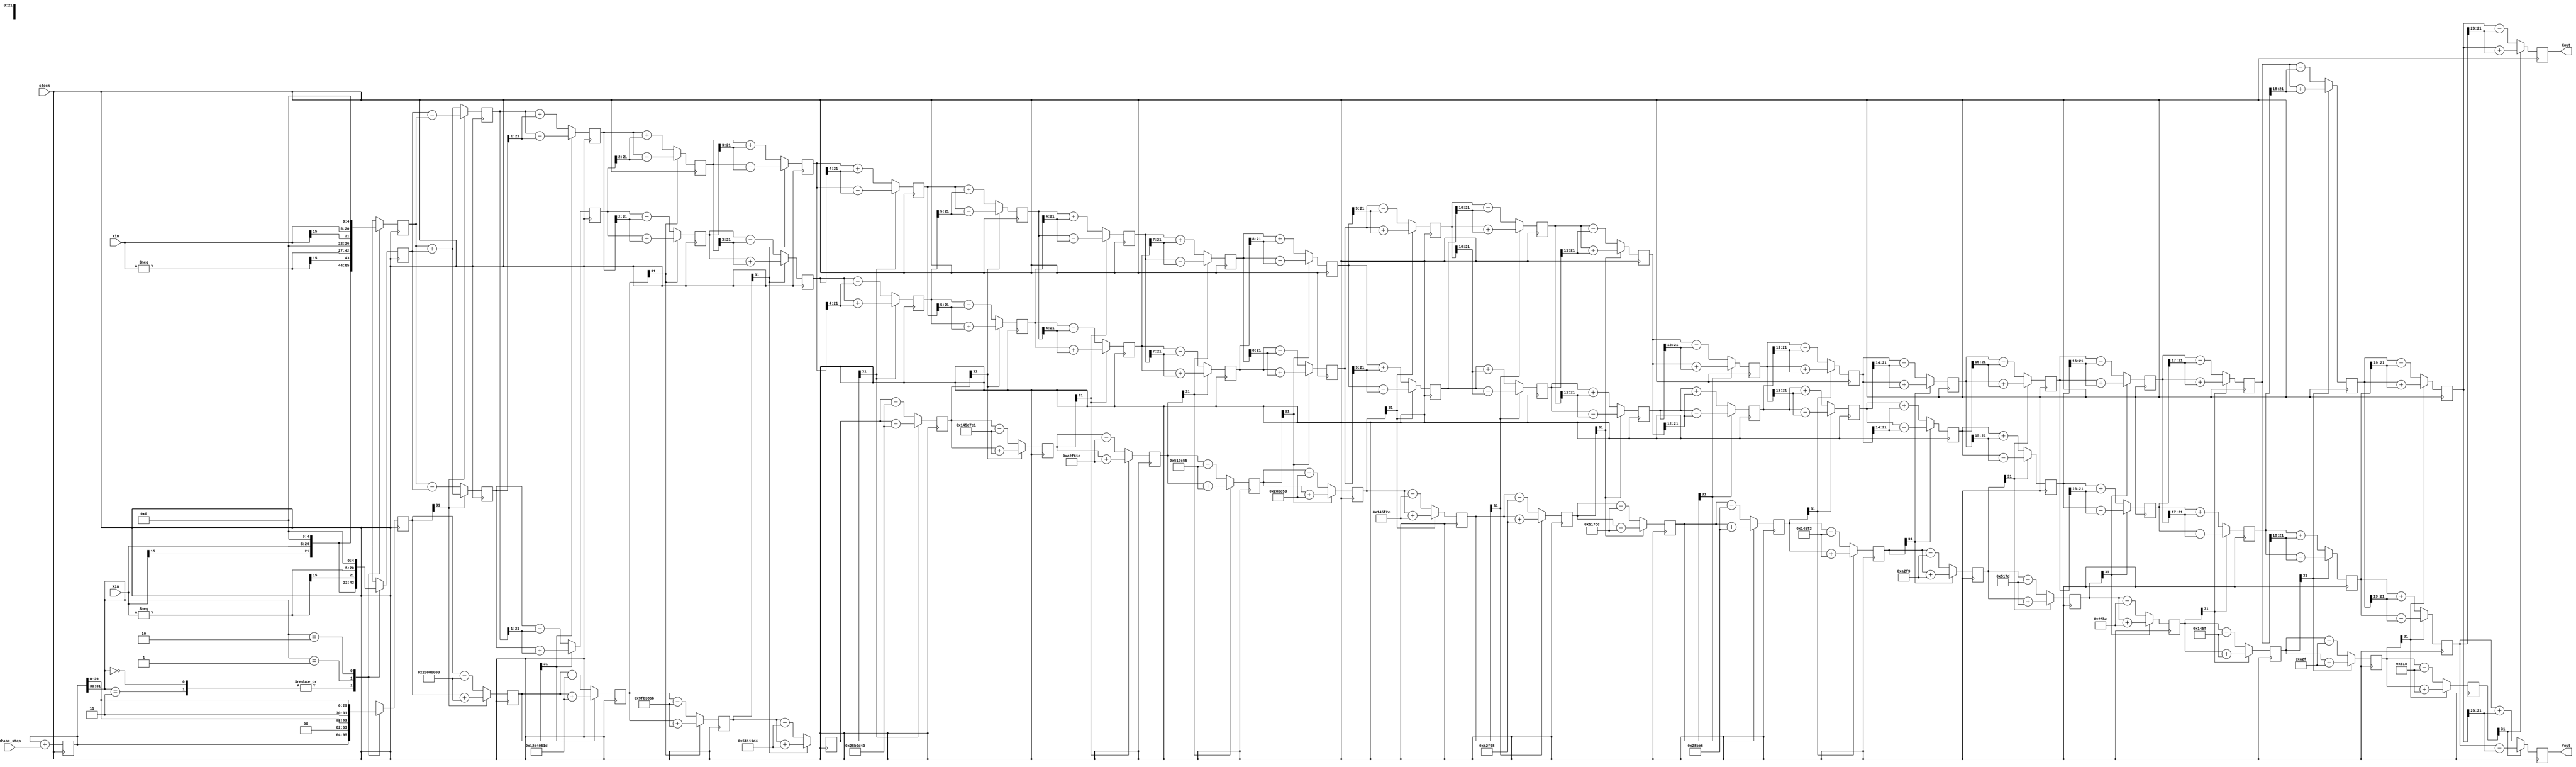
// Copyright 2009  Kirk Weedman KD7IRS 

//  HPSDR - High Performance Software Defined Radio
//
//  Mercury to Atlas bus interface.
//
//
//  This program is free software; you can redistribute it and/or modify
//  it under the terms of the GNU General Public License as published by
//  the Free Software Foundation; either version 2 of the License, or
//  (at your option) any later version.
//
//  This program is distributed in the hope that it will be useful,
//  but WITHOUT ANY WARRANTY; without even the implied warranty of
//  MERCHANTABILITY or FITNESS FOR A PARTICULAR PURPOSE.  See the
//  GNU General Public License for more details.
//
//  You should have received a copy of the GNU General Public License
//  along with this program; if not, write to the Free Software
//  Foundation, Inc., 59 Temple Place, Suite 330, Boston, MA  02111-1307  USA
//
// Change log:
//
// 15 Feb 2009 - first version


`timescale 1 ns/100 ps

//------------------------------------------------------------------------------
//            Code Copyright (c) 2009 Kirk Weedman, KD7IRS
//------------------------------------------------------------------------------


module kordic (clock, phase_step, Xin, Yin, Xout, Yout);

parameter IN_WIDTH   = 16; // ADC bitwidth
parameter EXTRA_BITS = 6;  // spur reduction 6 dB per bit

localparam WI  = IN_WIDTH;
localparam WXY = IN_WIDTH + EXTRA_BITS; // 22-bit data regs
localparam STG = WXY;

input                   clock;
input  signed    [31:0] phase_step; // ratio of f0/fs.  Thus 0 to 2*PI will be represented as a 32 bit number from 0 to {32{1'b1}}
input  signed  [WI-1:0] Xin;
input  signed  [WI-1:0] Yin;
output signed [WXY-1:0] Xout;
output signed [WXY-1:0] Yout;



//------------------------------------------------------------------------------
//                             arctan table
//------------------------------------------------------------------------------

wire signed [31:0] atan_table [0:30];

//                      32'b01000000000000000000000000000000; // upper 2 bits = 2'b01 = 90 degrees
assign atan_table[00] = 32'b00100000000000000000000000000000; // 45.000 degrees -> atan(2^0)
assign atan_table[01] = 32'b00010010111001000000010100011101; // 26.565 degrees -> atan(2^-1)
assign atan_table[02] = 32'b00001001111110110011100001011011; // 14.036 degrees -> atan(2^-2)
assign atan_table[03] = 32'b00000101000100010001000111010100; // atan(2^-n)
assign atan_table[04] = 32'b00000010100010110000110101000011;
assign atan_table[05] = 32'b00000001010001011101011111100001;
assign atan_table[06] = 32'b00000000101000101111011000011110;
assign atan_table[07] = 32'b00000000010100010111110001010101;
assign atan_table[08] = 32'b00000000001010001011111001010011;
assign atan_table[09] = 32'b00000000000101000101111100101110;
assign atan_table[10] = 32'b00000000000010100010111110011000;
assign atan_table[11] = 32'b00000000000001010001011111001100;
assign atan_table[12] = 32'b00000000000000101000101111100110;
assign atan_table[13] = 32'b00000000000000010100010111110011;
assign atan_table[14] = 32'b00000000000000001010001011111001;
assign atan_table[15] = 32'b00000000000000000101000101111101;
assign atan_table[16] = 32'b00000000000000000010100010111110;
assign atan_table[17] = 32'b00000000000000000001010001011111;
assign atan_table[18] = 32'b00000000000000000000101000101111;
assign atan_table[19] = 32'b00000000000000000000010100011000;
assign atan_table[20] = 32'b00000000000000000000001010001100;
assign atan_table[21] = 32'b00000000000000000000000101000110;
assign atan_table[22] = 32'b00000000000000000000000010100011;
assign atan_table[23] = 32'b00000000000000000000000001010001;
assign atan_table[24] = 32'b00000000000000000000000000101000;
assign atan_table[25] = 32'b00000000000000000000000000010100;
assign atan_table[26] = 32'b00000000000000000000000000001010;
assign atan_table[27] = 32'b00000000000000000000000000000101;
assign atan_table[28] = 32'b00000000000000000000000000000010;
assign atan_table[29] = 32'b00000000000000000000000000000001;
assign atan_table[30] = 32'b00000000000000000000000000000000;


//------------------------------------------------------------------------------
//                              registers
//------------------------------------------------------------------------------

//stage outputs
reg signed [WXY-1:0] X [0:STG-1];
reg signed [WXY-1:0] Y [0:STG-1];
reg signed    [31:0] Z [0:STG-1]; // 32bit
// NCO
reg           [31:0] phase_acc;


//------------------------------------------------------------------------------
//                               stage 0
//------------------------------------------------------------------------------
wire [1:0] quadrant = phase_acc[31:30];
wire  signed  [WI-1:0] NXin;
wire  signed  [WI-1:0] NYin;

assign NXin = -Xin;
assign NYin = -Yin;

always @(posedge clock)
begin // make sure the rotation angle is in the -pi/2 to pi/2 range.  If not then pre-rotate
  case (quadrant)
  2'b00,
  2'b11: // no pre-rotation needed for these quadrants
  begin
    X[0] <= {Xin[WI-1], Xin} << (EXTRA_BITS-1); // since An = 1.647, divide input by 2 and then multiply by 2^EXTRA_BITS
    Y[0] <= {Yin[WI-1], Yin} << (EXTRA_BITS-1);
    Z[0] <= phase_acc;
  end

  2'b01:
  begin
    X[0] <= {NYin[WI-1], NYin} << (EXTRA_BITS-1);
    Y[0] <= { Xin[WI-1],  Xin} << (EXTRA_BITS-1);
    Z[0] <= {2'b00,phase_acc[29:0]}; // subtract pi/2 from phase_acc for this quadrant
  end

  2'b10:
  begin
    X[0] <= { Yin[WI-1],  Yin} << (EXTRA_BITS-1);
    Y[0] <= {NXin[WI-1], NXin} << (EXTRA_BITS-1);
    Z[0] <= {2'b11,phase_acc[29:0]}; // add pi/2 to phase_acc for this quadrant
  end
  endcase

  //advance NCO
  phase_acc <= phase_acc + phase_step;
end


//------------------------------------------------------------------------------
//                           stages 1 to STG-1
//------------------------------------------------------------------------------
genvar i;

generate
  for (i=0; i < (STG-1); i=i+1)
  begin: XYZ
    wire Z_sign;
    wire signed [WXY-1:0] X_shr, Y_shr; 

    assign X_shr = X[i] >>> i; // signed shift right
    assign Y_shr = Y[i] >>> i;

    //the sign of the current rotation angle
    assign Z_sign = Z[i][31]; // Z_sign = 1 if Z[i] < 0

    always @(posedge clock)
    begin
      // add/subtract shifted data
      X[i+1] <= Z_sign ? X[i] + Y_shr         : X[i] - Y_shr;
      Y[i+1] <= Z_sign ? Y[i] - X_shr         : Y[i] + X_shr;
      Z[i+1] <= Z_sign ? Z[i] + atan_table[i] : Z[i] - atan_table[i];
    end
  end
endgenerate


//------------------------------------------------------------------------------
//                                 output
//------------------------------------------------------------------------------
assign Xout = X[STG-1];
assign Yout = Y[STG-1];

endmodule